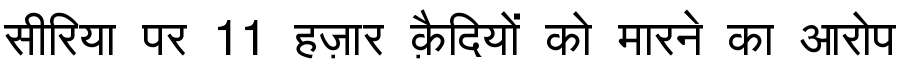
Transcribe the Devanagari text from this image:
सीरिया पर 11 हज़ार क़ैदियों को मारने का आरोप